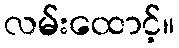
လမ်းထောင့်။